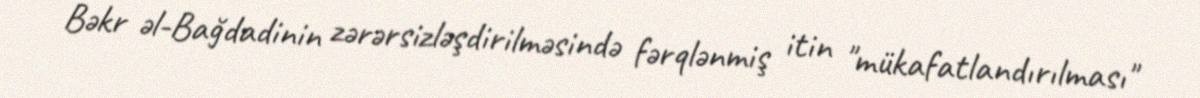
Bəkr əl-Bağdadinin zərərsizləşdirilməsində fərqlənmiş itin "mükafatlandırılması"